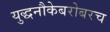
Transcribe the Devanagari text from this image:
युद्धनौकेबरोबरच